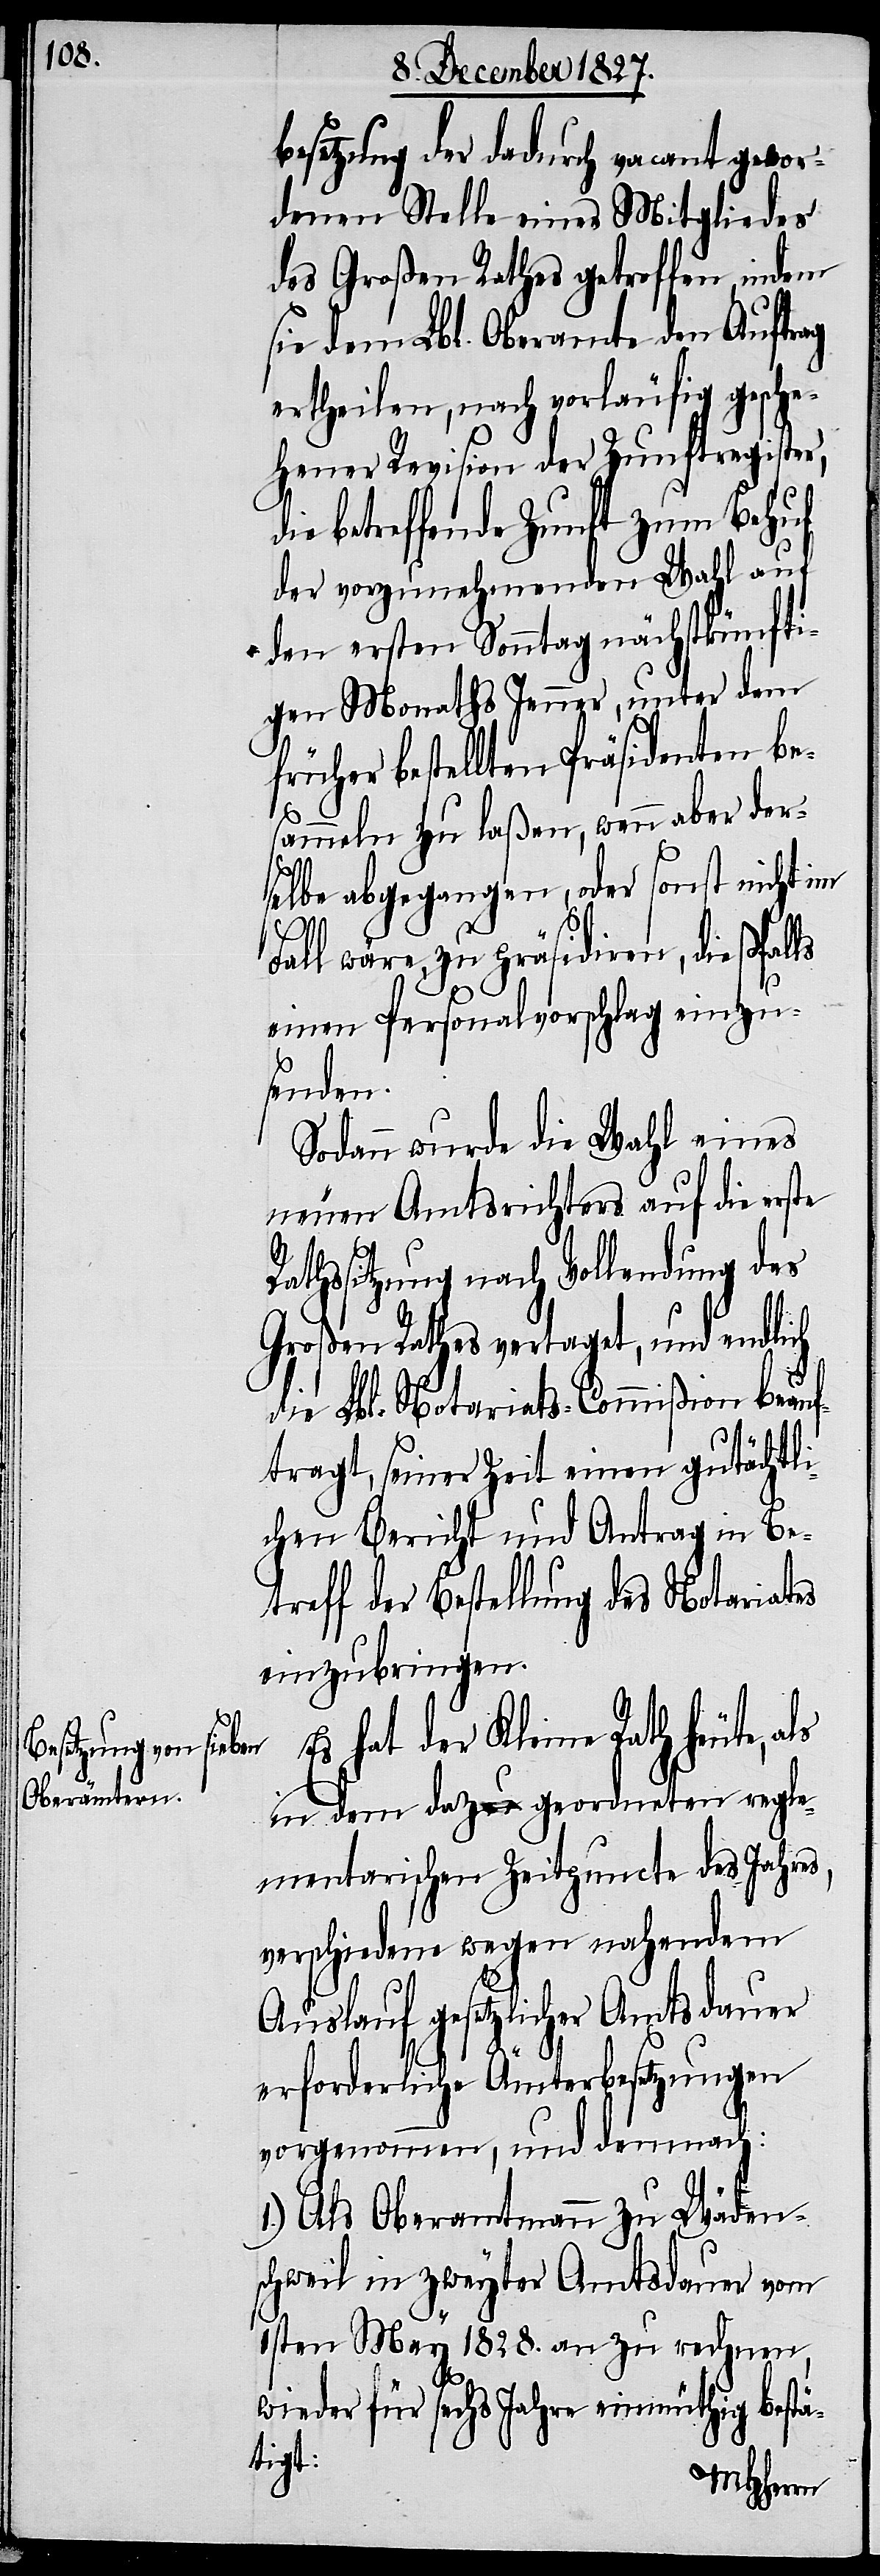
besetzung der dadurch vacant gewor¬
denen Stelle eines Mitgliedes
des Großen Rathes getroffen, indem
sie dem Lbl. Oberamt den Auftrag
ertheilen, nach vorläufig gesche¬
hener Revision der Zunftregister,
betreffende Zunft zum Behuf
der vorzunehmenden Wahl auf
den ersten Sonntag nächstkünfti¬
gen Monaths Jenner, unter dem
früher bestellten Präsidenten be¬
sammeln zu laßen, wenn aber der¬
selbe abgegangen, oder sonst nicht im
Fall wäre, zu präsidiren, dießfalls
einen Personalvorschlag einzu¬
senden.
Sodann wurde die Wahl eines
neuen Amtsrichters auf die erste
Rathssitzung nach Vollendung des
Großen Rathes vertaget, und endlich
die Lbl. Notariats-Commißion beauf¬
tragt, seiner Zeit einen gutächtli¬
chen Bericht und Antrag in Be¬
treff der Bestellung des Notariates
einzubringen.
Es hat der Kleine Rath heute,
in dem dazu geordneten regle¬
mentarischen Zeitpuncte des Jahres,
verschiedene wegen nahendem
Auslauf gesetzlicher Amtsdauer
erforderliche Ämterbesetzungen
vorgenommen, und demnach:
1.) Als Oberamtmann zu Wäden¬
schweil in zweyter Amtsdauer vom
1sten Mey 1828. an zu rechnen,
wieder für sechse Jahre einmüthig bestä¬
tigt: